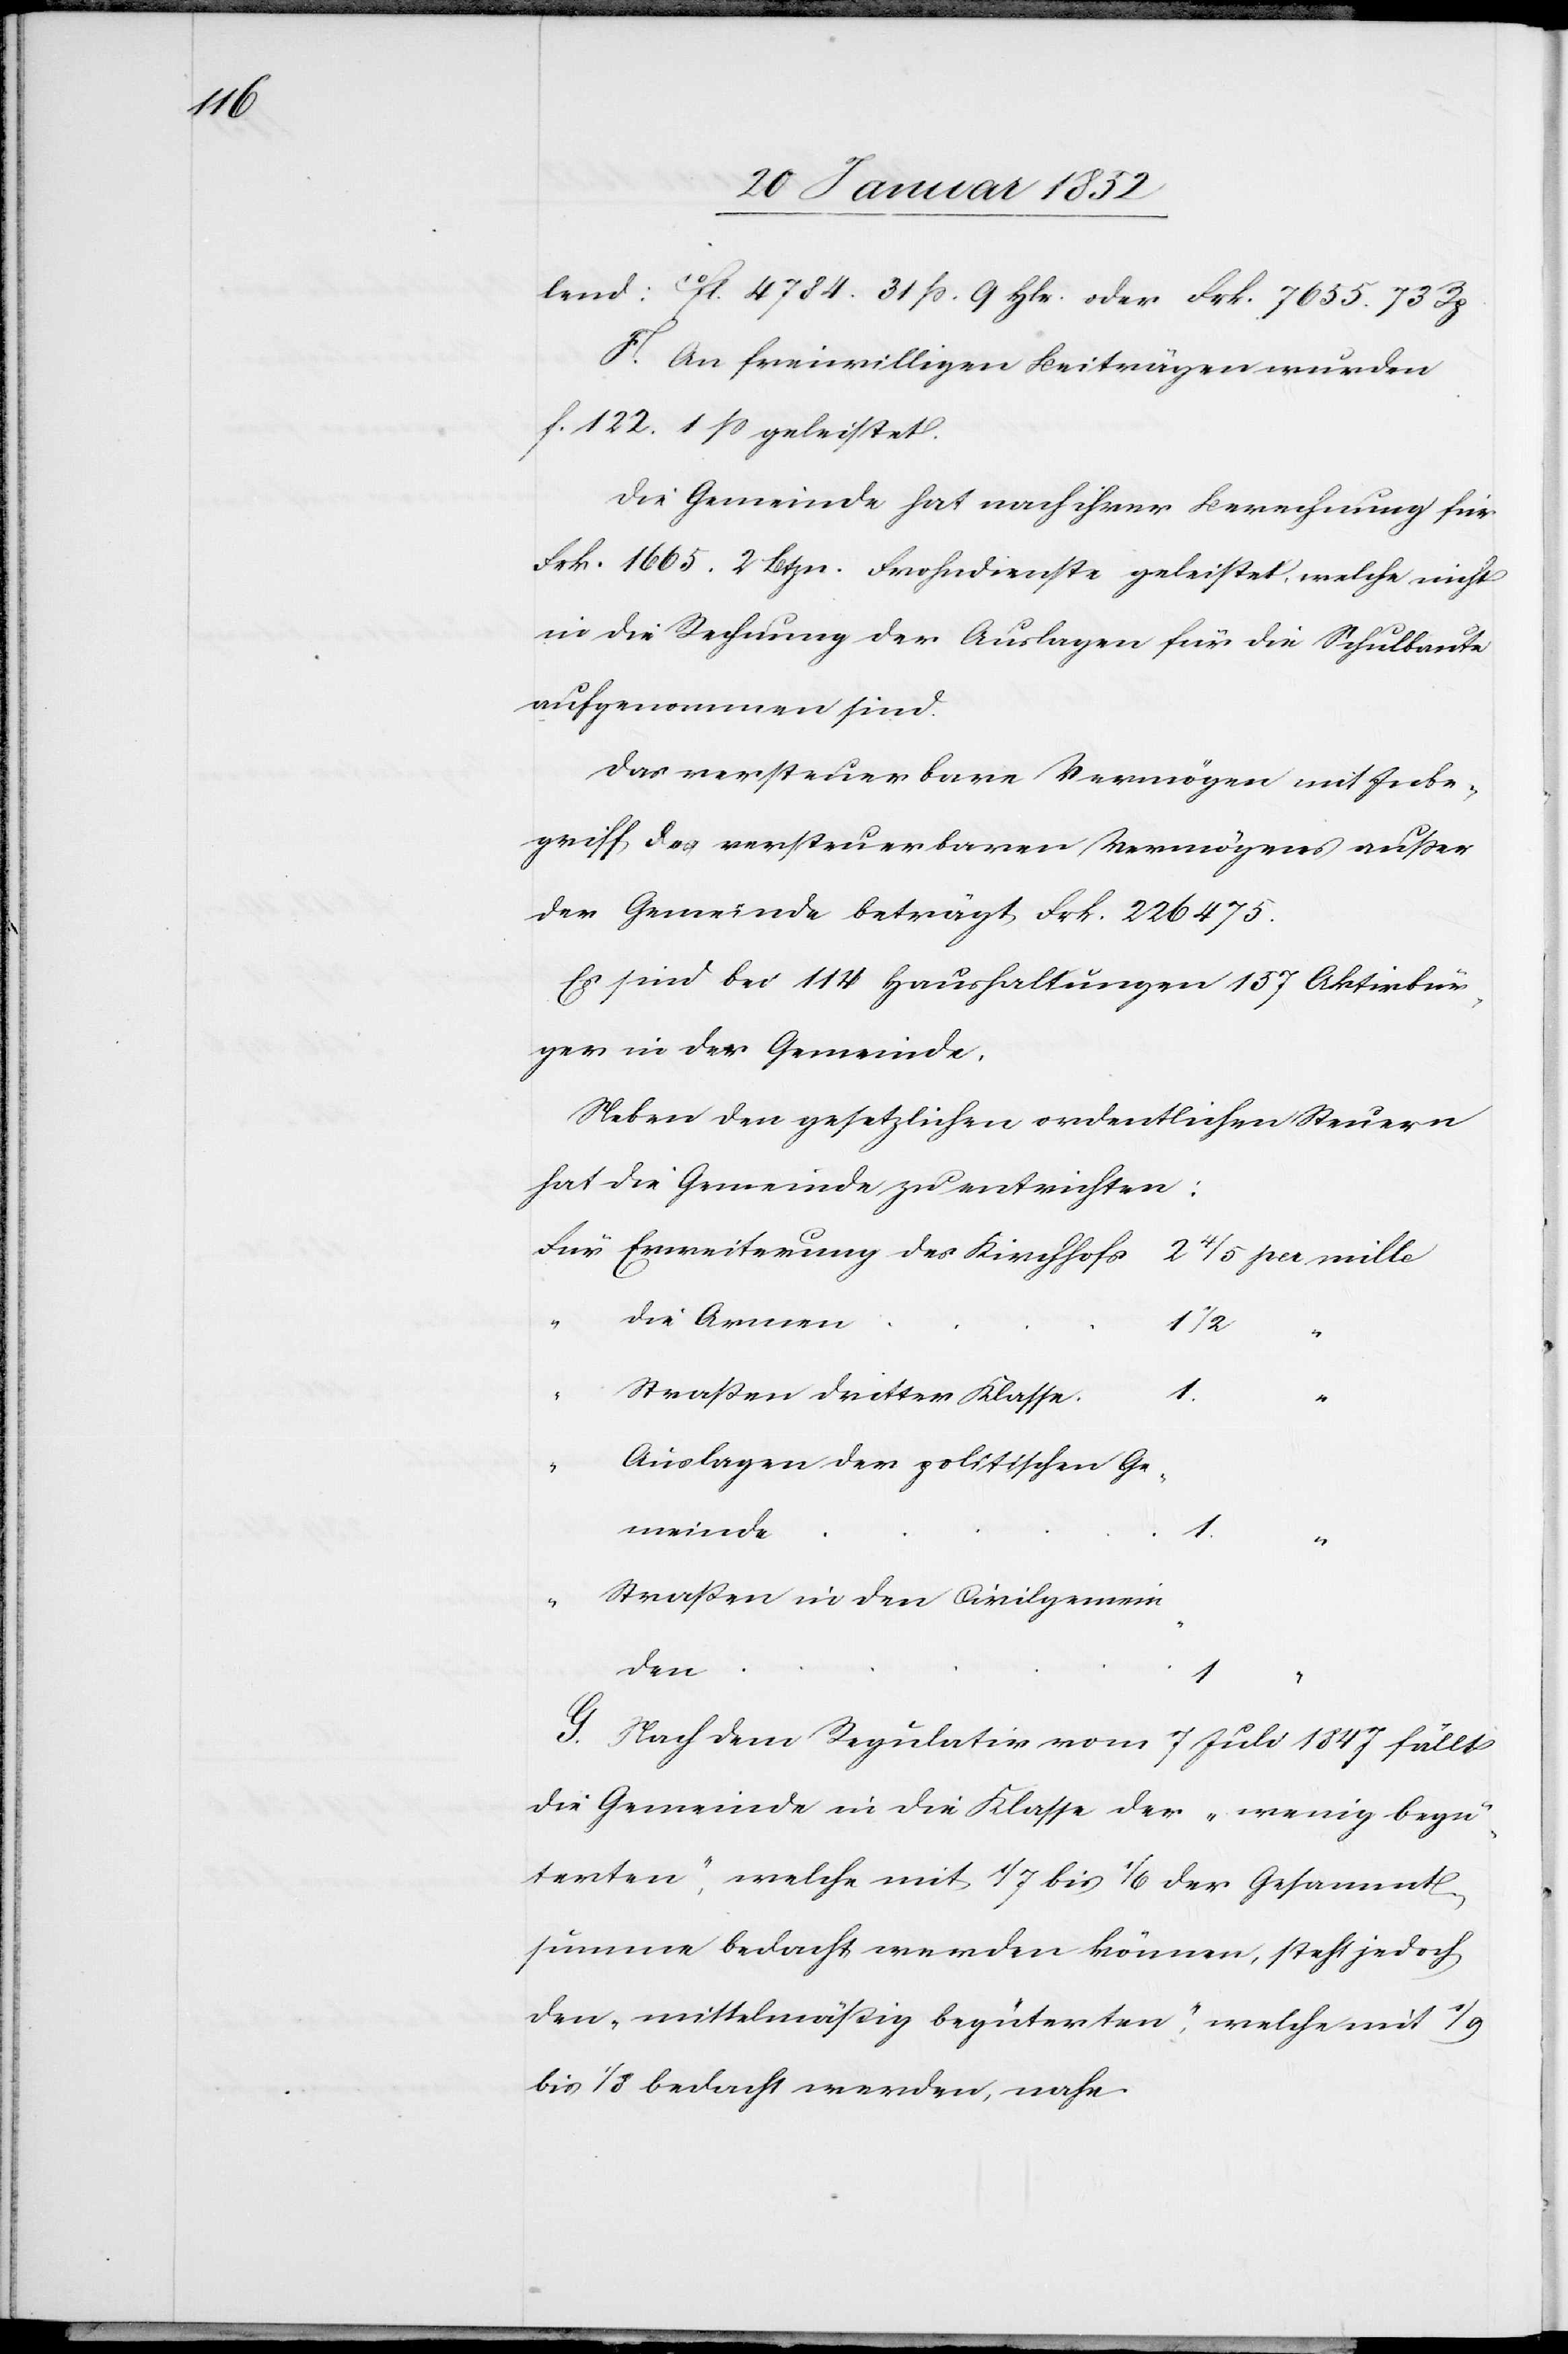
lend: 10fl. 4784. 31 ß. 9 Hlr. oder Frk. 7655. 73 Rp.
F. An freiwilligen Beiträgen wurden
f. 122. 1 ß geleistet.
Die Gemeinde hat nach ihrer Berechnung für
Frk. 1665. 2 Btzn. Frohndienste geleistet, welche nicht
in die Rechnung der Auslagen für die Schulbaute
aufgenommen sind.
Das versteuerbare Vermögen mit Inbe¬
griff des versteuerbaren Vermögens außer
der Gemeinde beträgt Frk. 226475.
Es sind bei 114 Haushaltungen 157 Aktivbür¬
ger in der Gemeinde.
Neben den gesetzlichen ordentlichen Steuern
hat die Gemeinde zu entrichten:
die Armen
1 1/2
“
per mil¬
Straßen dritter Klasse
Auslagen der politischen Ge¬
meinde
1
Straßen in den Civilgemein¬
den
1
G. Nach dem Regulativ vom 7 Juli 1847 fällt
die Gemeinde in die Klasse der „wenig begü¬
terten“, welche mit 1/7 bis 1/6 der Gesammt¬
summe bedacht werden können, steht jedoch
den „mittelmäßig begüterten“, welche mit 1/8
bis 1/9 bedacht werden, nahe.